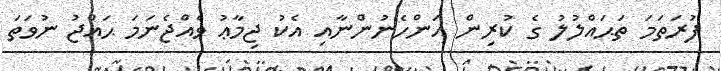
ފުރަތަމަ ތަޙައްލުލު ގެ ކުރިން އަންހެނުންނާއި އެކު ޖިމާޢު ވެއްޖެނަމަ ޙައްޖު ނުވަތަ